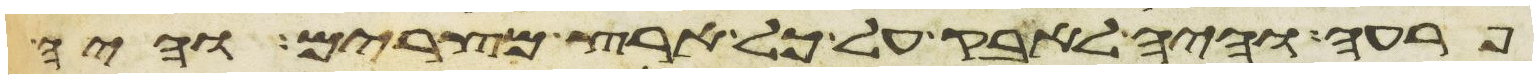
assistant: פרעה והיה לאבק על כל ארץ מצרים והיה